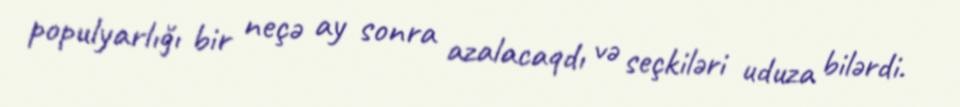
populyarlığı bir neçə ay sonra azalacaqdı və seçkiləri uduza bilərdi.